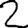
Digit: 2